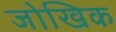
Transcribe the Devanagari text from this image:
जोखिक